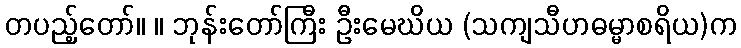
တပည့်တော်။ ။ ဘုန်းတော်ကြီး ဦးမေဃိယ (သကျသီဟဓမ္မာစရိယ)က